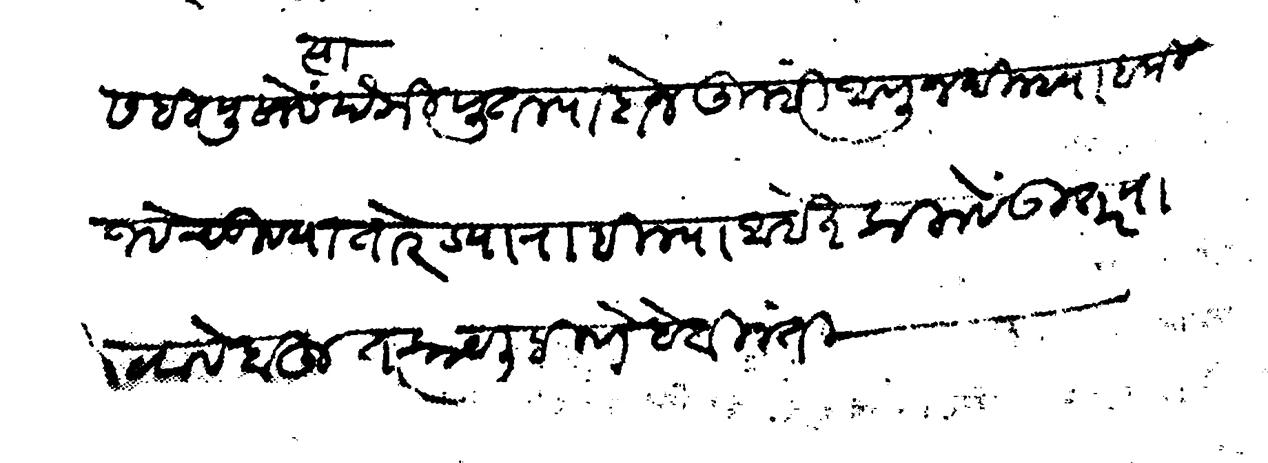
Transliteration (Devanagari): बापूसही पुसावे त्या पैकी पुतल्या दोन तुम्ही आणून दिल्ह्या बाकी जवे चुण्या तोरड्या राहिल्या आहेत कलावे उतर पाटवावे बहुत काय लिहिणे हे विनंती